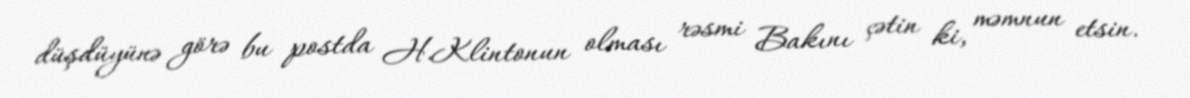
düşdüyünə görə bu postda H.Klintonun olması rəsmi Bakını çətin ki, məmnun etsin.